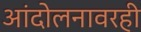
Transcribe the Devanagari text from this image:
आंदोलनावरही